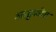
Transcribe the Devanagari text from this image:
आडुकोट